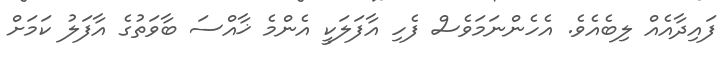
ފައިދާއެއް ލިބެއެވެ. އެހެންނަމަވެސް ފެހި އާފަލަކީ އެންމެ ޚާއްސަ ބާވަތުގެ އާފަލު ކަމަށް